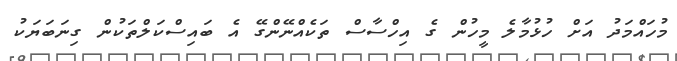
މުހައްމަދު އަށް ހުޅުމާލެ މީހުން ގެ އިހްސާސް ތަކެއްނޭންގޭ އެ ބައިސްކަލްތަކުން ގިނަބަޔަކު